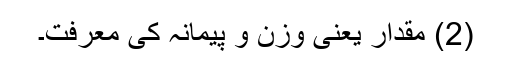
(2) مقدار یعنی وزن و پیمانہ کی معرفت۔